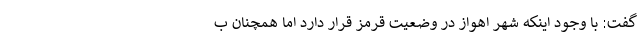
گفت: با وجود اینکه شهر اهواز در وضعیت قرمز قرار دارد اما همچنان ب